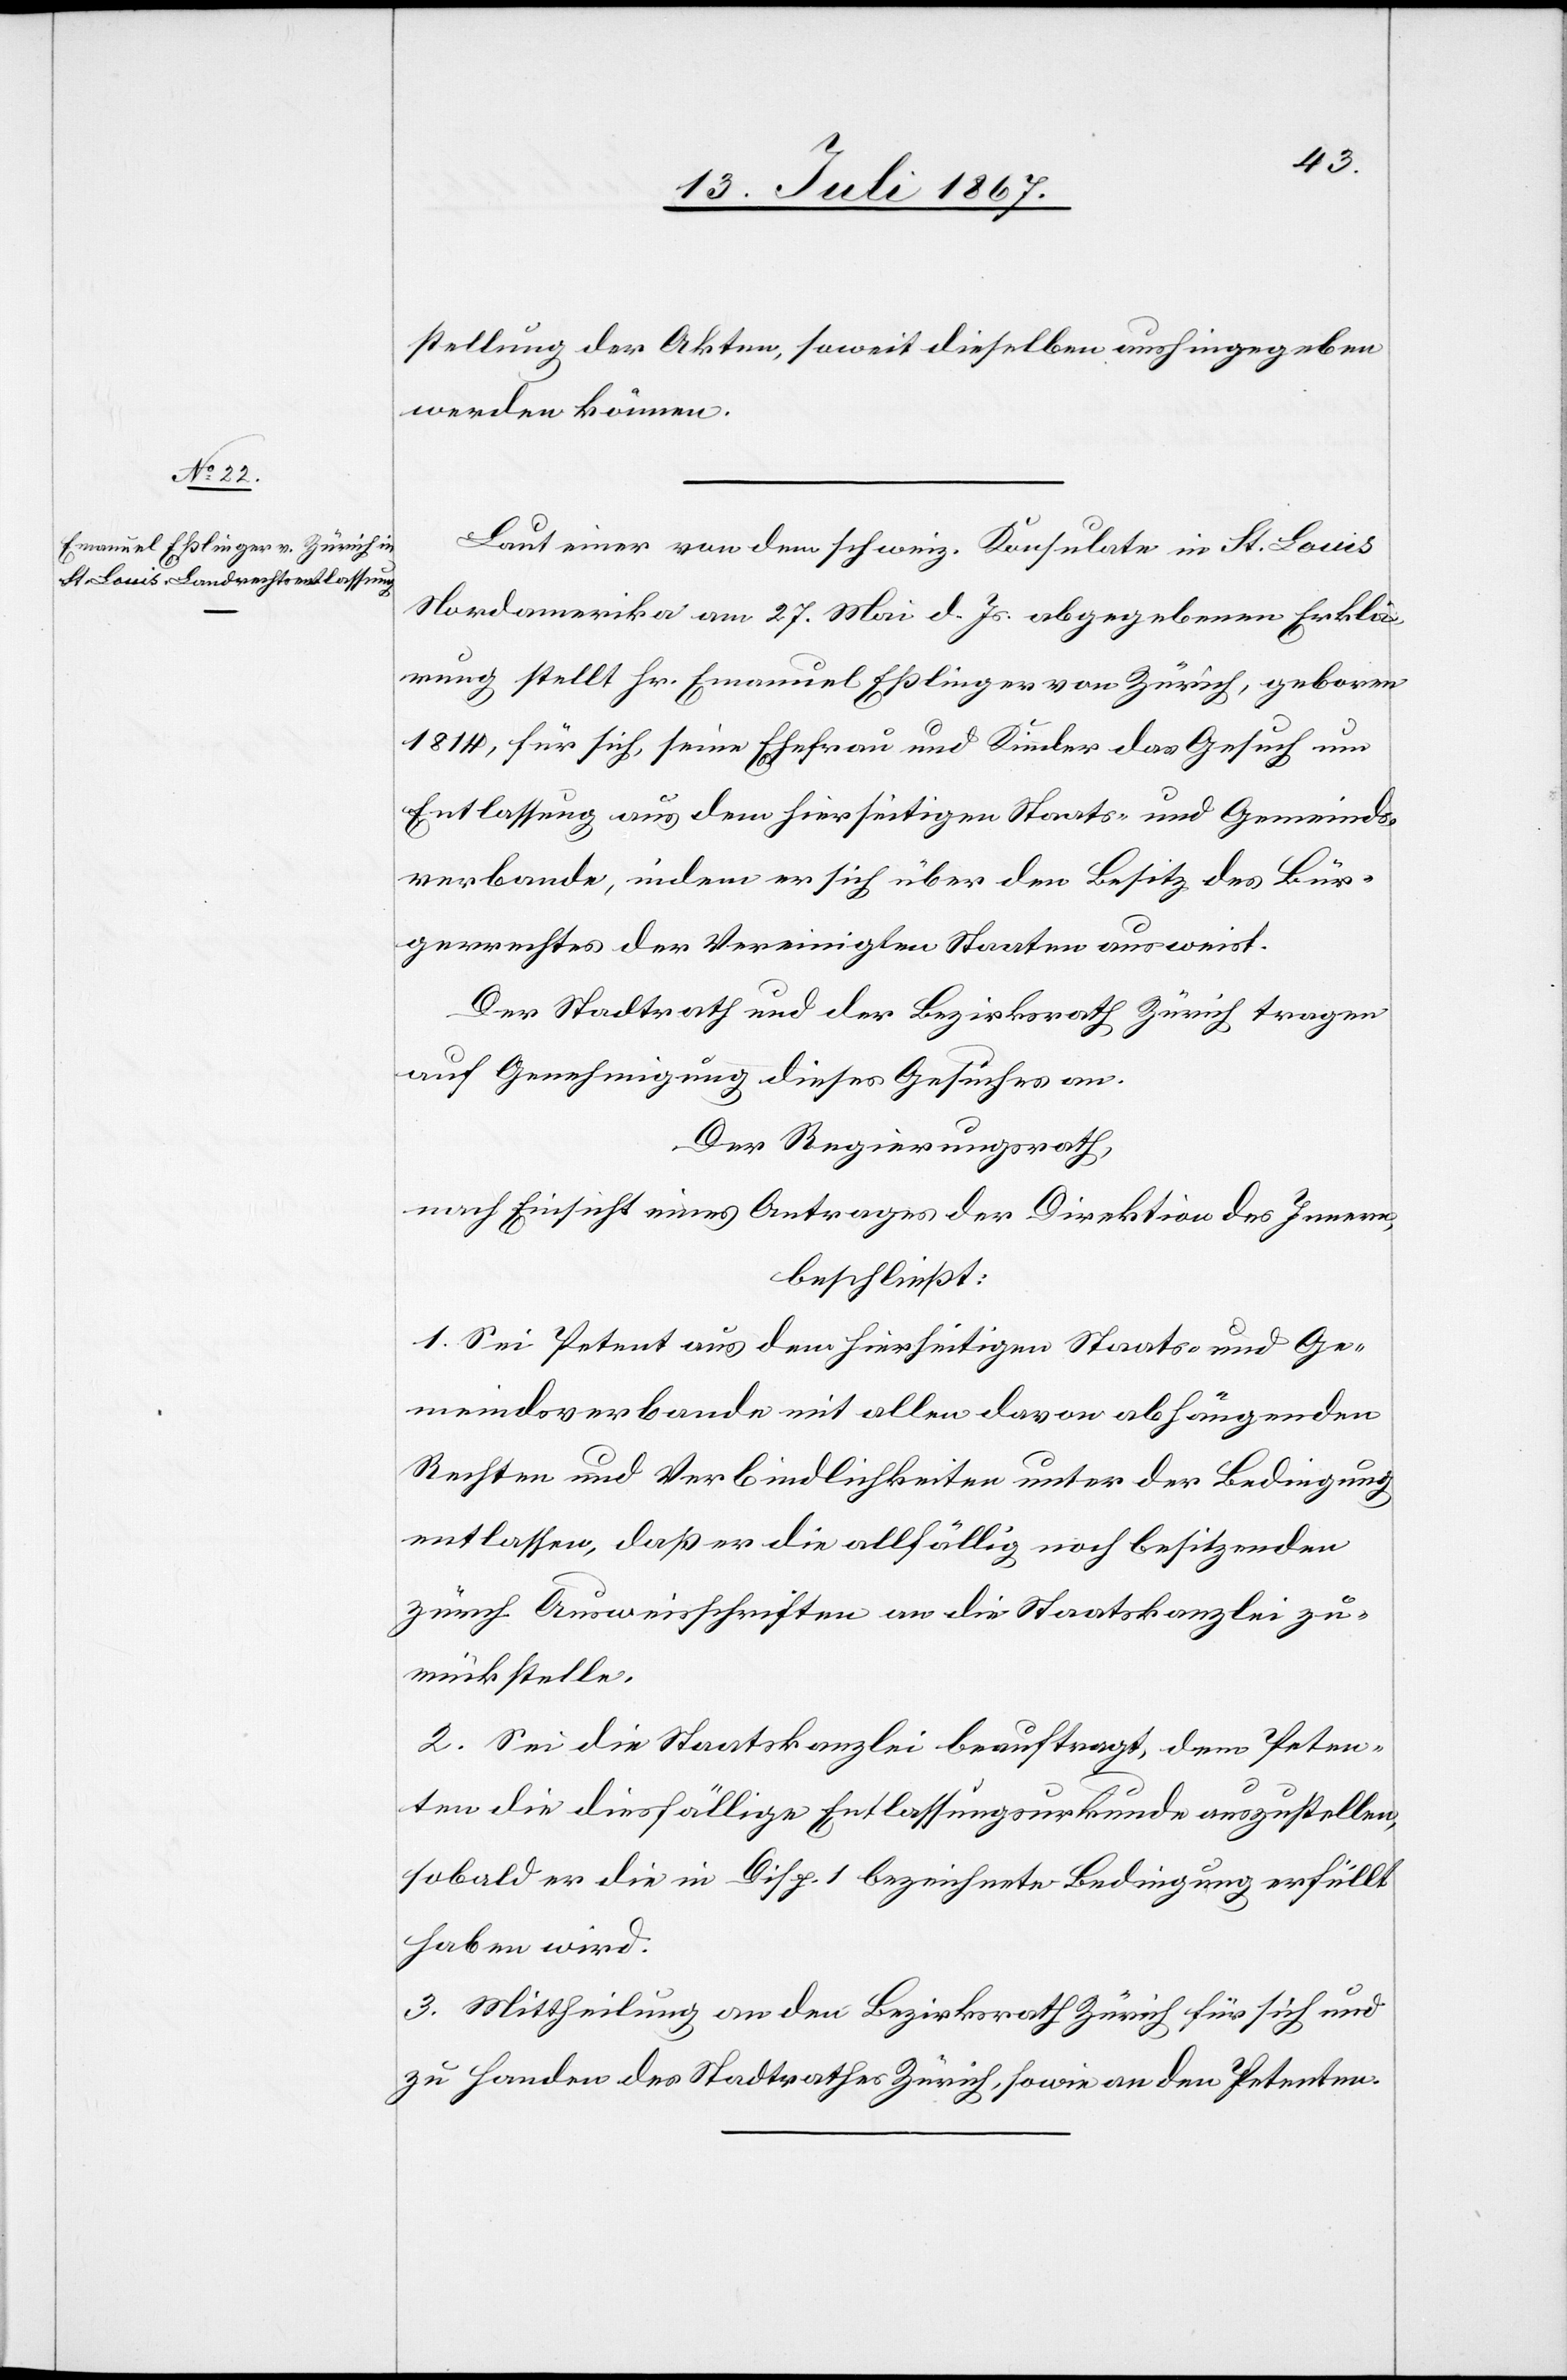
stellung der Akten, soweit dieselben aushingegeben
werden können.
Laut einer von dem schweiz. Konsulate in St. Louis
Nordamerika am 27. Mai d. Js. abgegebenen Erklä¬
rung stellt Hr. Emanuel Eßlinger von Zürich, geboren
1814, für sich, seine Ehefrau und Kinder das Gesuch um
Entlassung aus dem hierseitigen Staats- und Gemeind¬
verbande, indem er sich über den Besitz des Bür¬
gerrechtes der Vereinigten Staaten ausweist.
Der Stadtrath und der Bezirksrath Zürich tragen
auf Genehmigung dieses Gesuches an.
Der Regierungsrath,
nach Einsicht eines Antrages der Direktion des Innern,
beschließt:
1. Sei Petent aus dem hierseitigen Staats- und Ge¬
meindsverbande mit allen davon abhängenden
Rechten und Verbindlichkeiten unter der Bedingung
entlassen, daß er die allfällig noch besitzenden
Zürich[er] Ausweisschriften an die Staatskanzlei zu¬
rückstelle.
2. Sei die Staatskanzlei beauftragt, dem Peten¬
ten die diesfällige Entlassungsurkunde auszustellen,
sobald er die in Disp. 1 bezeichnete Bedingung erfüllt
3. Mittheilung an den Bezirksrath Zürich für sich und
zu Handen des Stadtrathes Zürich, sowie an den Petenten.